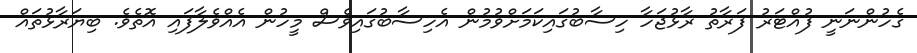
ގެހުންނަނީ ފުއްޓަރު ފަރާތު ރާޅުޖަހާ ހިސާބުގައިކަމަށްވުމުން އެހިސާބުގައިވެސް މީހުން އެއްވެލާފައި އޮތެވެ. ބިޔަރާޅުތައް